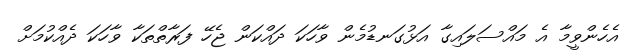
އެހެންވީމާ އެ މައްސަލައިގާ އަޅުގަނޑުމެން ވާހަކަ ދައްކަން ޖެހޭ ފަރާތްތަކާ ވާހަކަ ދެއްކުމަށް